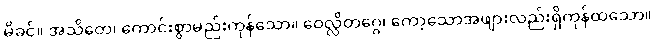
မိခင်။ အသိတေ၊ ကောင်းစွာမည်းကုန်သော။ ဝေလ္လိတဂ္ဂေ၊ ကော့သောအဖျားလည်းရှိကုန်ထသော။